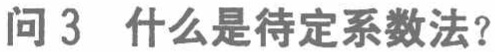
问 3 什么是待定系数法？